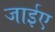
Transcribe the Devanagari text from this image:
जाईए